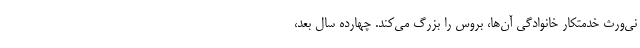
نی‌ورث خدمتکار خانوادگی آن‌ها، بروس را بزرگ می‌کند. چهارده سال بعد،